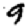
Digit: 9